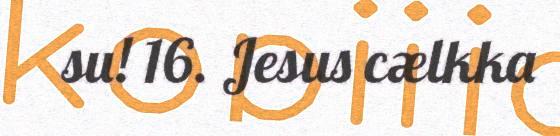
su! 16. Jesus cælkka